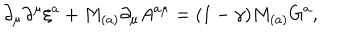
\partial _ { \mu } \partial ^ { \mu } \xi ^ { a } + M _ { ( a ) } \partial _ { \mu } A ^ { a \mu } = ( 1 - \gamma ) M _ { ( a ) } G ^ { a } ,